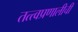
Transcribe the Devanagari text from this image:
तत्त्वप्रणालीची